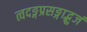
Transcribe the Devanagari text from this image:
त्वदङ्गप्रसङ्गाद्भुजं